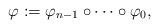
LaTeX: \begin{align*} \varphi := \varphi_{n-1}\circ\cdots \circ \varphi_0, \end{align*}